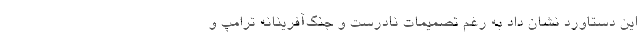
این دستاورد نشان داد به رغم تصمیمات نادرست و جنگ‌آفرینانه ترامپ و